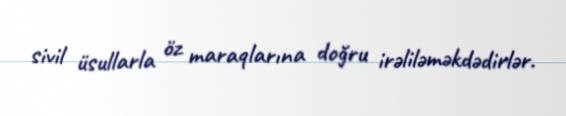
sivil üsullarla öz maraqlarına doğru irəliləməkdədirlər.